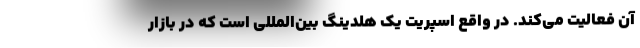
آن فعالیت می‌کند. در واقع اسپریت یک هلدینگ بین‌المللی است که در بازار